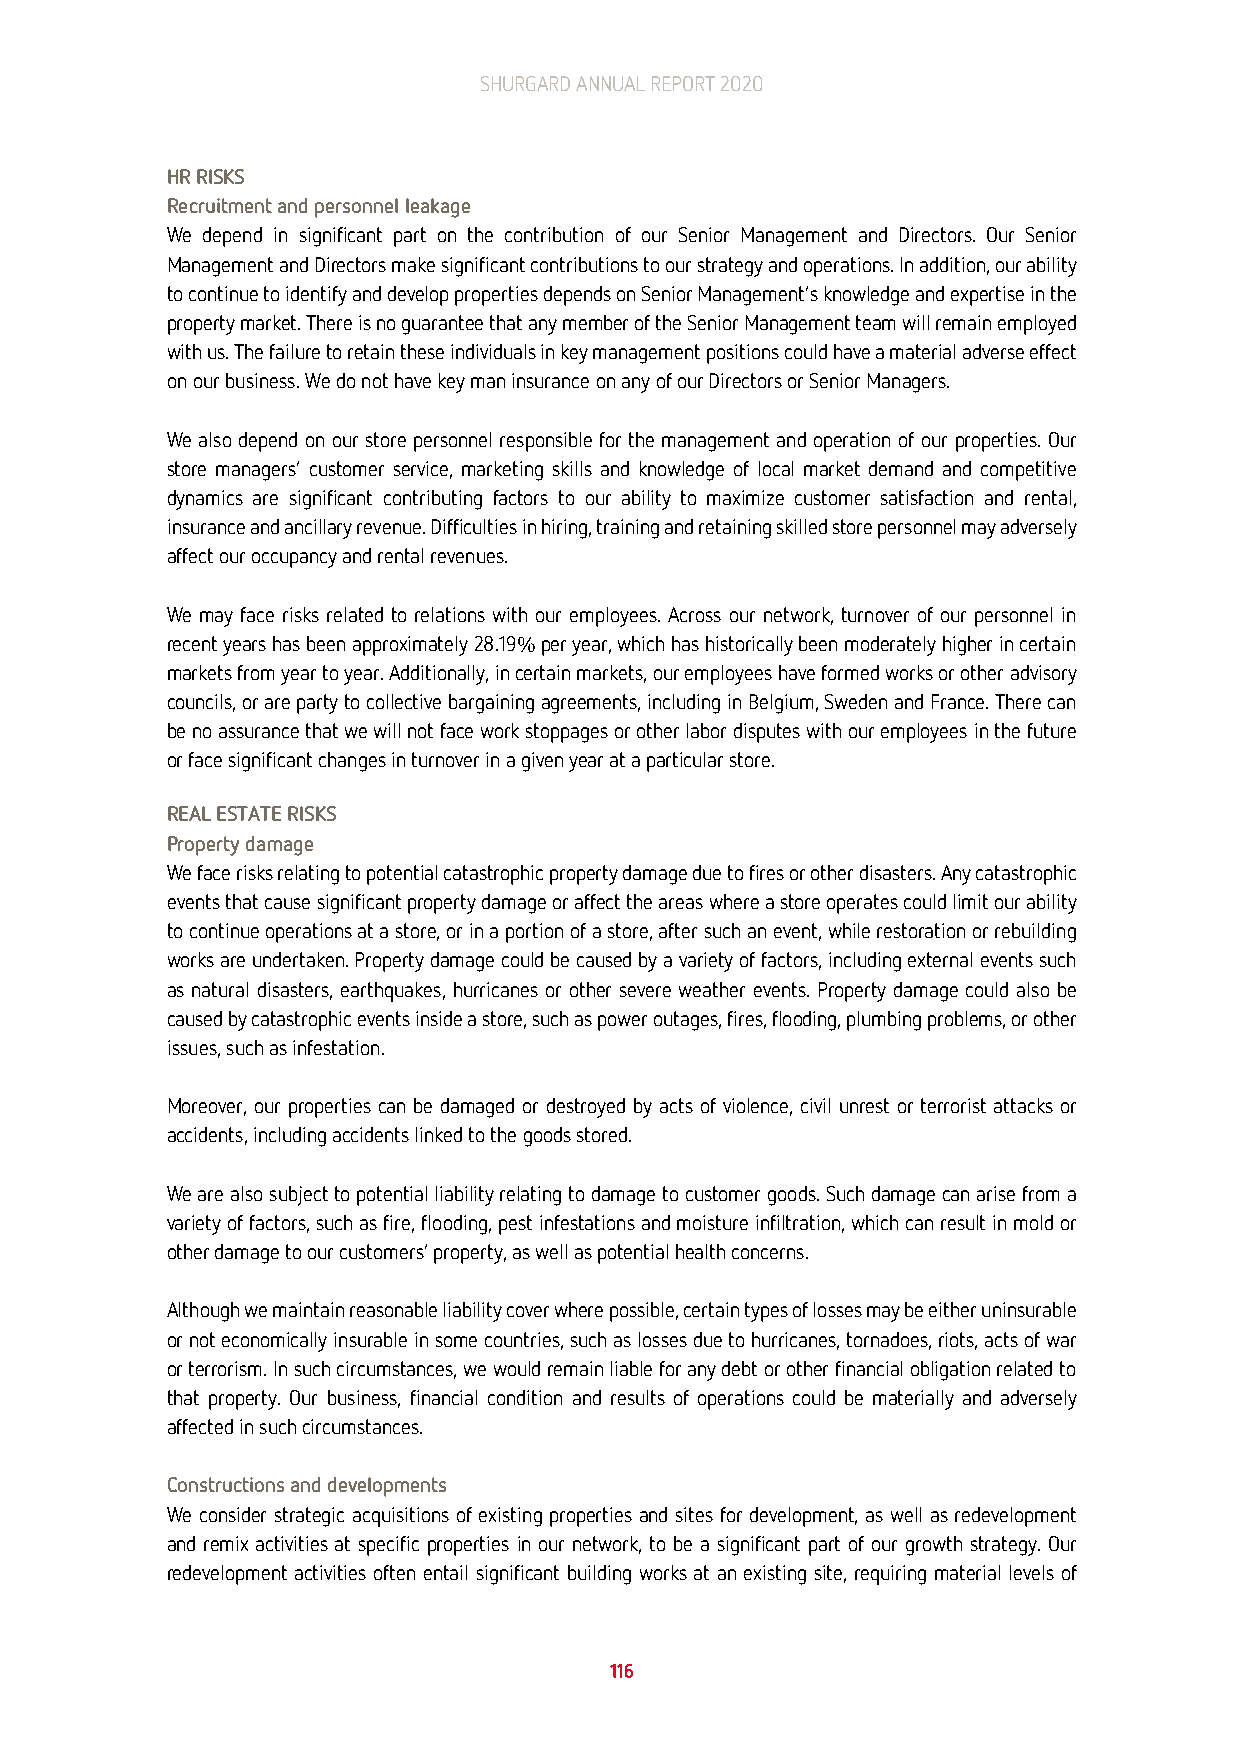
SHURGARD ANNUAL REPORT 2020
 HR RISKS
 Recruitment and personnel leakage
 We depend in significant part on the contribution of our Senior Management and Directors. Our Senior
 Management and Directors make significant contributions to our strategy and operations. In addition, our ability
 to continue to identify and develop properties depends on Senior Management’s knowledge and expertise in the
 property market. There is no guarantee that any member of the Senior Management team will remain employed
 with us. The failure to retain these individuals in key management positions could have a material adverse effect
 on our business. We do not have key man insurance on any of our Directors or Senior Managers.
 We also depend on our store personnel responsible for the management and operation of our properties. Our
 store managers’ customer service, marketing skills and knowledge of local market demand and competitive
 dynamics are significant contributing factors to our ability to maximize customer satisfaction and rental,
 insurance and ancillary revenue. Difficulties in hiring, training and retaining skilled store personnel may adversely
 affect our occupancy and rental revenues.
 We may face risks related to relations with our employees. Across our network, turnover of our personnel in
 recent years has been approximately 28.19% per year, which has historically been moderately higher in certain
 markets from year to year. Additionally, in certain markets, our employees have formed works or other advisory
 councils, or are party to collective bargaining agreements, including in Belgium, Sweden and France. There can
 be no assurance that we will not face work stoppages or other labor disputes with our employees in the future
 or face significant changes in turnover in a given year at a particular store.
 REAL ESTATE RISKS
 Property damage
 We face risks relating to potential catastrophic property damage due to fires or other disasters. Any catastrophic
 events that cause significant property damage or affect the areas where a store operates could limit our ability
 to continue operations at a store, or in a portion of a store, after such an event, while restoration or rebuilding
 works are undertaken. Property damage could be caused by a variety of factors, including external events such
 as natural disasters, earthquakes, hurricanes or other severe weather events. Property damage could also be
 caused by catastrophic events inside a store, such as power outages, fires, flooding, plumbing problems, or other
 issues, such as infestation.
 Moreover, our properties can be damaged or destroyed by acts of violence, civil unrest or terrorist attacks or
 accidents, including accidents linked to the goods stored.
 We are also subject to potential liability relating to damage to customer goods. Such damage can arise from a
 variety of factors, such as fire, flooding, pest infestations and moisture infiltration, which can result in mold or
 other damage to our customers’ property, as well as potential health concerns.
 Although we maintain reasonable liability cover where possible, certain types of losses may be either uninsurable
 or not economically insurable in some countries, such as losses due to hurricanes, tornadoes, riots, acts of war
 or terrorism. In such circumstances, we would remain liable for any debt or other financial obligation related to
 that property. Our business, financial condition and results of operations could be materially and adversely
 affected in such circumstances.
 Constructions and developments
 We consider strategic acquisitions of existing properties and sites for development, as well as redevelopment
 and remix activities at specific properties in our network, to be a significant part of our growth strategy. Our
 redevelopment activities often entail significant building works at an existing site, requiring material levels of
 116